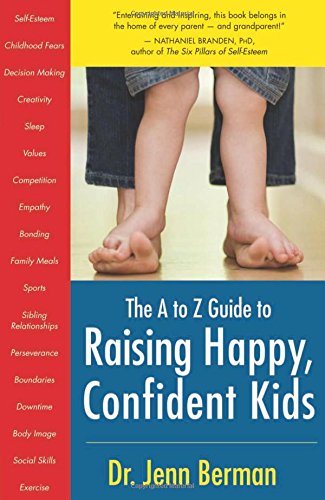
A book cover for The A to Z Guide to Raising Happy, Confident Kids; Dr. Jenn Berman; Health, Fitness & Dieting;